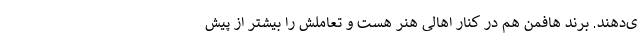
ی‌دهند. برند هافمن هم در کنار اهالی هنر هست و تعاملش را بیشتر از پیش